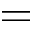
=